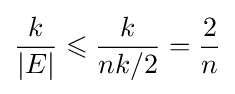
{\frac {k}{|E|}}\leqslant {\frac {k}{nk/2}}={\frac {2}{n}}